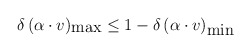
\begin{align*}\delta\,(\alpha\cdot v)_{\mbox{max}}\leq 1-\delta\,(\alpha\cdot v)_{\mbox{min}}\end{align*}